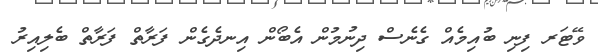
ވޭޓަރ ފިނި ބުއިމެއް ގެނެސް ދިނުމުން އެބޯން އިނދެގެން ފަރާތް ފަރާތް ބެލިއިރު